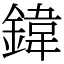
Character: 鍏